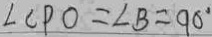
\angle C P O = \angle B = 9 0 ^ { \circ }